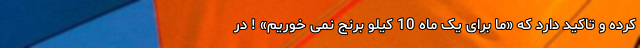
کرده و تاکید دارد که «ما برای یک ماه 10 کیلو برنج نمی خوریم» ! در